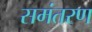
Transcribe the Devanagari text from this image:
समंतरण